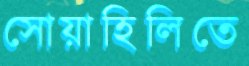
সোয়াহিলিতে